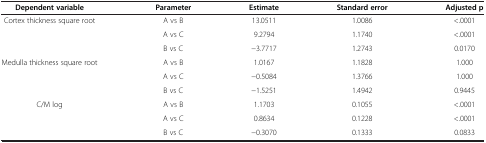
<table><thead><tr><td><b>Dependent variable</b></td><td><b>Parameter</b></td><td><b>Estimate</b></td><td><b>Standard error</b></td><td><b>Adjusted p</b></td></tr></thead><tbody><tr><td>Cortex thickness square root</td><td>A vs B</td><td>13.0511</td><td>1.0086</td><td>&lt;.0001</td></tr><tr><td> </td><td>A vs C</td><td>9.2794</td><td>1.1740</td><td>&lt;.0001</td></tr><tr><td> </td><td>B vs C</td><td>−3.7717</td><td>1.2743</td><td>0.0170</td></tr><tr><td>Medulla thickness square root</td><td>A vs B</td><td>1.0167</td><td>1.1828</td><td>1.000</td></tr><tr><td> </td><td>A vs C</td><td>−0.5084</td><td>1.3766</td><td>1.000</td></tr><tr><td> </td><td>B vs C</td><td>−1.5251</td><td>1.4942</td><td>0.9445</td></tr><tr><td>C/M log</td><td>A vs B</td><td>1.1703</td><td>0.1055</td><td>&lt;.0001</td></tr><tr><td> </td><td>A vs C</td><td>0.8634</td><td>0.1228</td><td>&lt;.0001</td></tr><tr><td> </td><td>B vs C</td><td>−0.3070</td><td>0.1333</td><td>0.0833</td></tr></tbody></table>